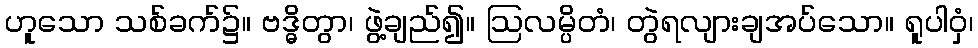
ဟူသော သစ်ခက်၌။ ဗဒ္ဓိတွာ၊ ဖွဲ့ချည်၍။ ဩလမ္ပိတံ၊ တွဲရလျားချအပ်သော။ ရူပါဝှံ၊